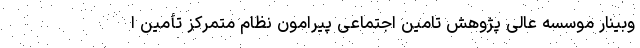
وبینار موسسه عالی پژوهش تامین اجتماعی پیرامون نظام متمرکز تأمین ا